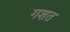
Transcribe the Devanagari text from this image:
गशत